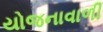
યોજનાવાળી